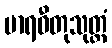
မာရဓီတုသုတ္တံ